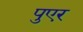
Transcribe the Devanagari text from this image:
पुएर